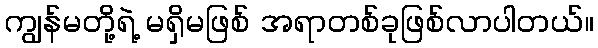
ကျွန်မတို့ရဲ့ မရှိမဖြစ် အရာတစ်ခုဖြစ်လာပါတယ်။